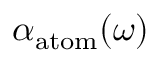
\alpha _ { \mathrm { a t o m } } ( \omega )